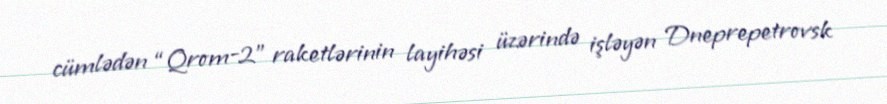
cümlədən “Qrom-2” raketlərinin layihəsi üzərində işləyən Dneprepetrovsk